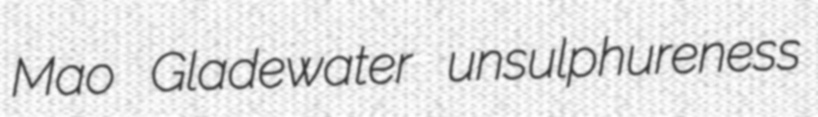
Mao Gladewater unsulphureness